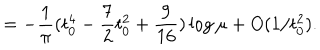
LaTeX: = - \frac { 1 } { \pi } ( t _ { 0 } ^ { 4 } - \frac { 7 } { 2 } t _ { 0 } ^ { 2 } + \frac { 9 } { 1 6 } ) \log \mu + O ( 1 / t _ { 0 } ^ { 2 } ) .